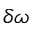
\delta \omega